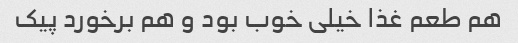
هم طعم غذا خیلی خوب بود و هم برخورد پیک